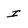
Character: I